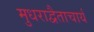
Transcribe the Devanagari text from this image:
मुधराद्वैताचार्य